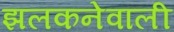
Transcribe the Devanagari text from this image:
झलकनेवाली